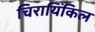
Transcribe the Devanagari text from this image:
चिरायिंकिल